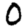
Digit: 0